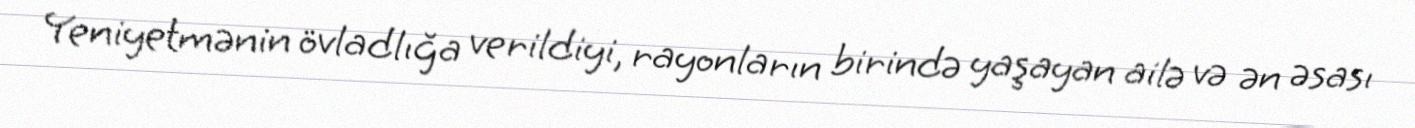
Yeniyetmənin övladlığa verildiyi, rayonların birində yaşayan ailə və ən əsası